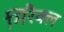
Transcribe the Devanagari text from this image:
मिरैक्ल